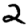
Digit: 2